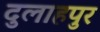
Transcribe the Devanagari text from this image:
दुलाहपुर